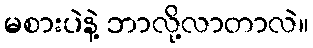
မစားပဲနဲ့ ဘာလို့လာတာလဲ။